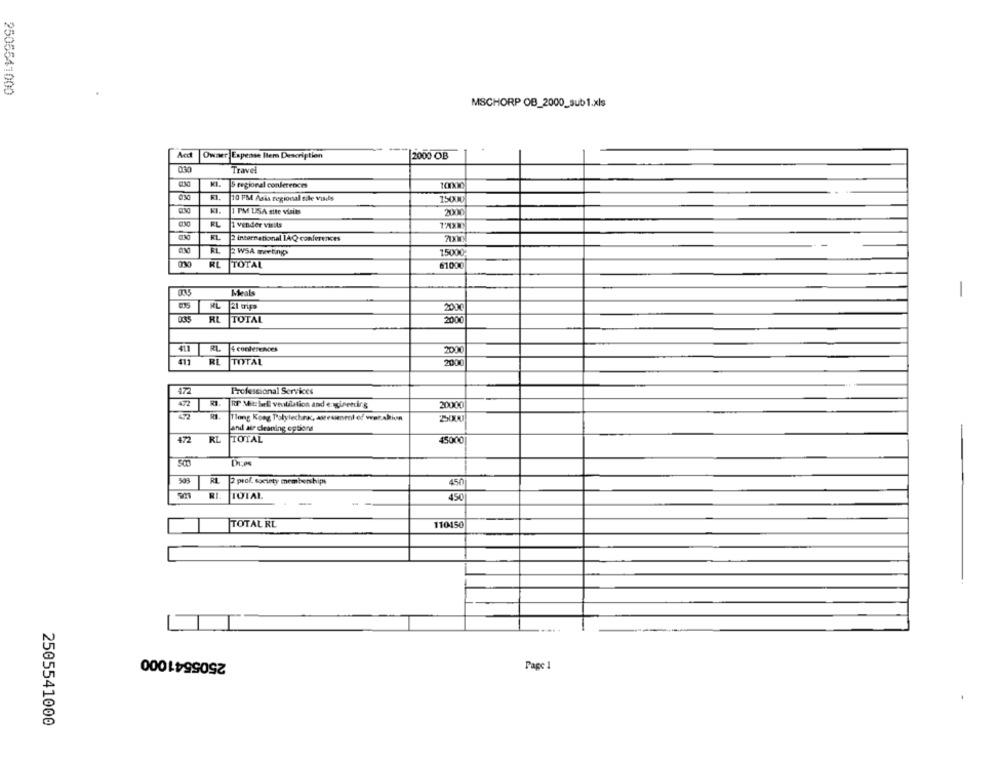
2505541000
MSCHORP OB_2000_sub1.xls
Owner Expense Ilem Description
2000 OB
Travel
S regional conferences
100000
10 PM Asis regional sile visits
15000
I PM USA site visits
2000
EL
1 vender visits
FL
2 international IAQ conferences
030
2 WSA meeting
15000;
RL
TOTAL
61000
035
Meals
-
2000
RL
TOTAL
2000
41.1
T
4 conferences
2010
411
RL
TOTAL
2000
472
Professional Services
472
RT Mit Ial ventilation and engineering
20000
R1
Tlong Kong Polylechn, asesiment of war akiun
and ade cleaning options
472
RL
TOTAL
45000
R1
2 prof. society memberships
450
RI
TOTAL
-
450
TOTAL RL
110150
2505541000
Page 1
2505541000